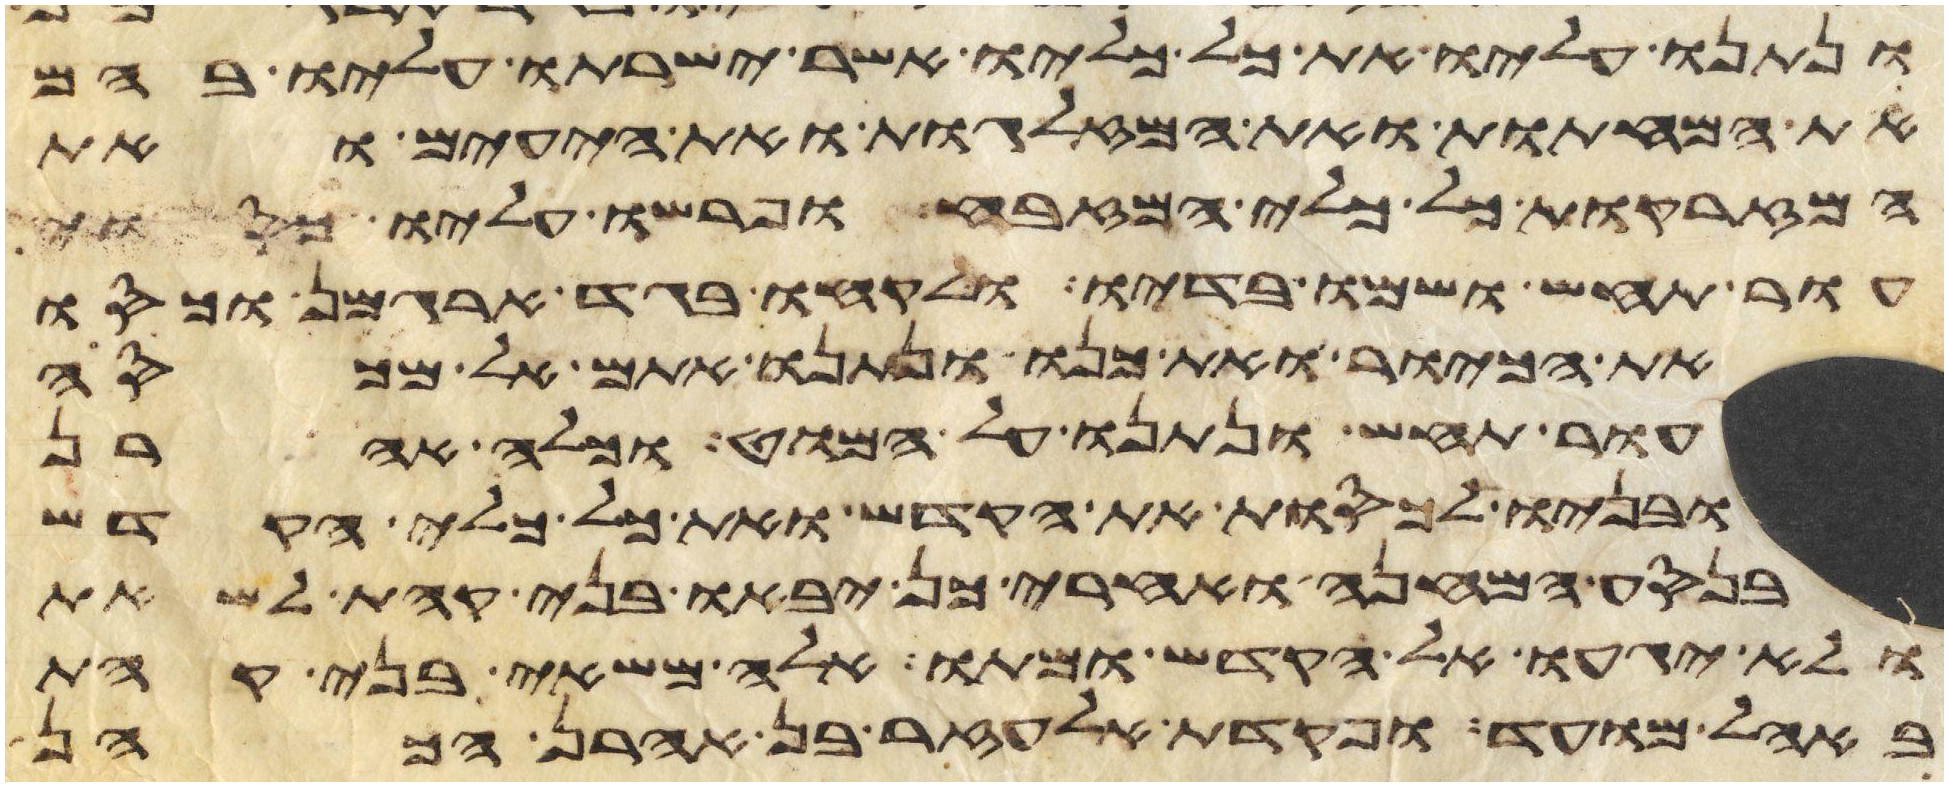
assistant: ונתנו עליו את כל כליו אשר ישרתו עליו בהם
את המחתות ואת המזלגות ואת היעים ואת
המזרקות כל כלי המזבח ופרשו עליו כסוי
עור תחש ושמו בדיו ולקחו בגד ארגמן וכסו
את הכיור ואת כנו ונתנו אתם אל מכסה
עור תחש ונתנו על המוט וכלה אהרן
ובניו לכסות את הקדש ואת כל כלי הקדש
בנסע המחנה ואחרי כן יבאו בני קהת לשאת
ולא יגעו אל הקדש ומתו אלה משאי בני קהת
באהל מועד ופקדת אלעזר בן אהרן הכהן